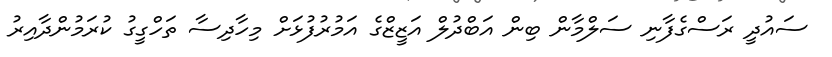
ސައުދީ ރަސްގެފާނި ސަލްމާން ބިން އަބްދުލް އަޒީޒްގެ އަމުރުފުޅަށް މިހާދިސާ ތަހްގީގު ކުރަމުންދާއިރު